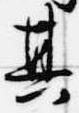
其